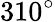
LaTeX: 310^{\circ}